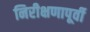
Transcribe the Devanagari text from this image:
निरीक्षणापूर्वी